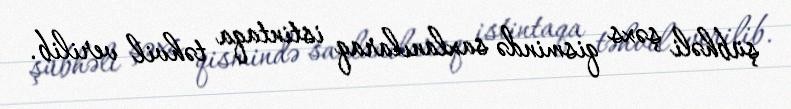
şübhəli şəxs qismində saxlanılaraq istintaqa təhvil verilib.